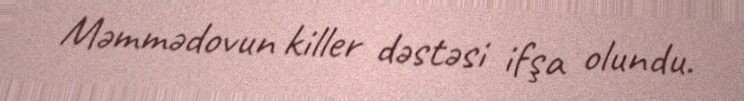
Məmmədovun killer dəstəsi ifşa olundu.